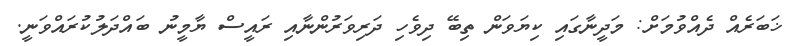
ޚަބަރެއް ދެއްވުމަށް: މަދީނާގައި ކިޔަވަން ތިބޭ ދިވެހި ދަރިވަރުންނާއި ރައީސް ޔާމީނު ބައްދަލުކުރައްވަނީ.